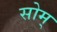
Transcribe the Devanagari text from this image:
सोम्